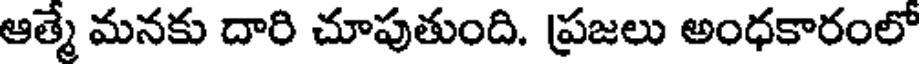
ఆత్మే మనకు దారి చూపుతుంది. ప్రజలు అంధకారంలో